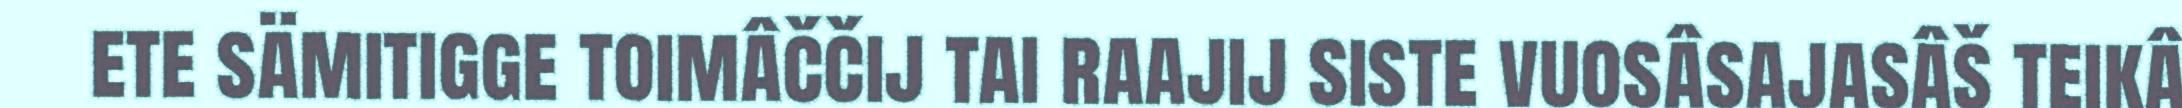
ete sämitigge toimâččij tai raajij siste vuosâsajasâš teikâ